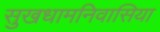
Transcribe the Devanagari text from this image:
सुखधामनिवासिया